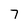
Character: 7